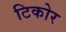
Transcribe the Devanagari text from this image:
टिकोर